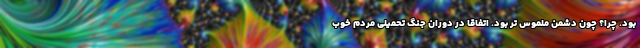
بود. چرا؟ چون دشمن ملموس تر بود. اتفاقا در دوران جنگ تحمیلی مردم خوب